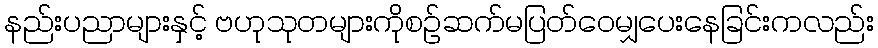
နည်းပညာများနှင့် ဗဟုသုတများကိုစဉ်ဆက်မပြတ်ဝေမျှပေးနေခြင်းကလည်း